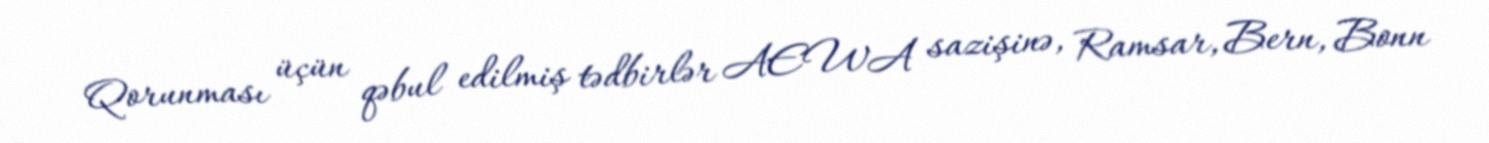
Qorunması üçün qəbul edilmiş tədbirlər AEWA sazişinə, Ramsar, Bern, Bonn